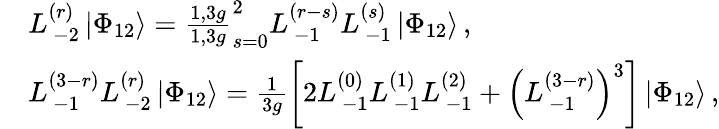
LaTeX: \begin{array}{rl}&{L_{\, -2}^{(r)}\left|\Phi_{12}\right\rangle=\frac{1,3g}{1,3g}_{s=0}^{2}L_{\, -1}^{(r-s)}L_{\, -1}^{(s)}\left|\Phi_{12}\right\rangle\, ,}\\ &{L_{\, -1}^{(3-r)}L_{\, -2}^{(r)}\left|\Phi_{12}\right\rangle=\frac{1}{3g}\left[2L_{\, -1}^{(0)}L_{\, -1}^{(1)}L_{\, -1}^{(2)}+\left(L_{\, -1}^{(3-r)}\right)^{3}\right]\left|\Phi_{12}\right\rangle\, ,}\end{array}